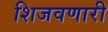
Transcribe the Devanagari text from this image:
शिजवणारी